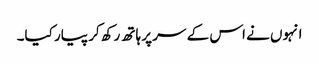
انہوں نے اس کے سر پر ہاتھ رکھ کر پیار کیا۔